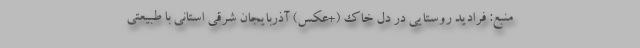
منبع: فرادید روستایی در دل خاک (+عکس) آذربایجان شرقی استانی با طبیعتی